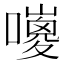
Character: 𡂅